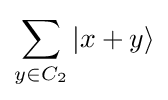
\sum _{y\in C_{2}}{|}x+y\rangle